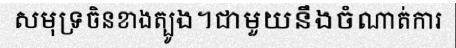
សមុទ្រចិនខាងត្បូង។ជាមួយនឹងចំណាត់ការ